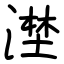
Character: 漜